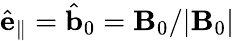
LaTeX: \hat{\mathbf{e}}_{\parallel}=\hat{\mathbf{b}}_{0}=\mathbf{B}_{0}/|\mathbf{B}_{0}|